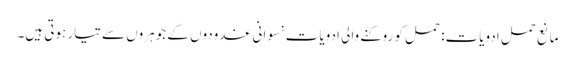
مانع حمل ادویات: حمل کو روکنے والی ادویات نسوانی غدودوں کے جوہروں سے تیار ہوتی ہیں۔